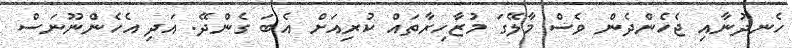
ހެނދުނާއި ޖެހެންދެން ވެސް މާލޭގަ މުޒާހިރާތައް ކުރިއަށް އެބަ ގެންދޭ. އަދި އެހެންނޫނަސް